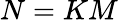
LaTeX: N=KM